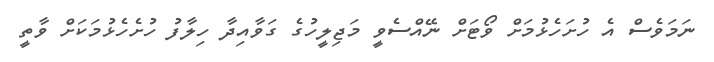
ނަމަވެސް އެ ހުށަހެޅުމަށް ވޯޓަށް ނޭއްސެވީ މަޖިލީހުގެ ގަވާއިދާ ހިލާފު ހުށެހެޅުމަކަށް ވާތީ